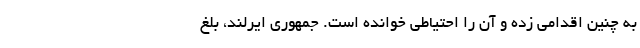
به چنین اقدامی زده و آن را احتیاطی خوانده است. جمهوری ایرلند، بلغ